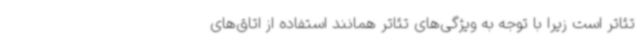
تئاتر است زیرا با توجه به ویژگی‌های تئاتر همانند استفاده از اتاق‌های